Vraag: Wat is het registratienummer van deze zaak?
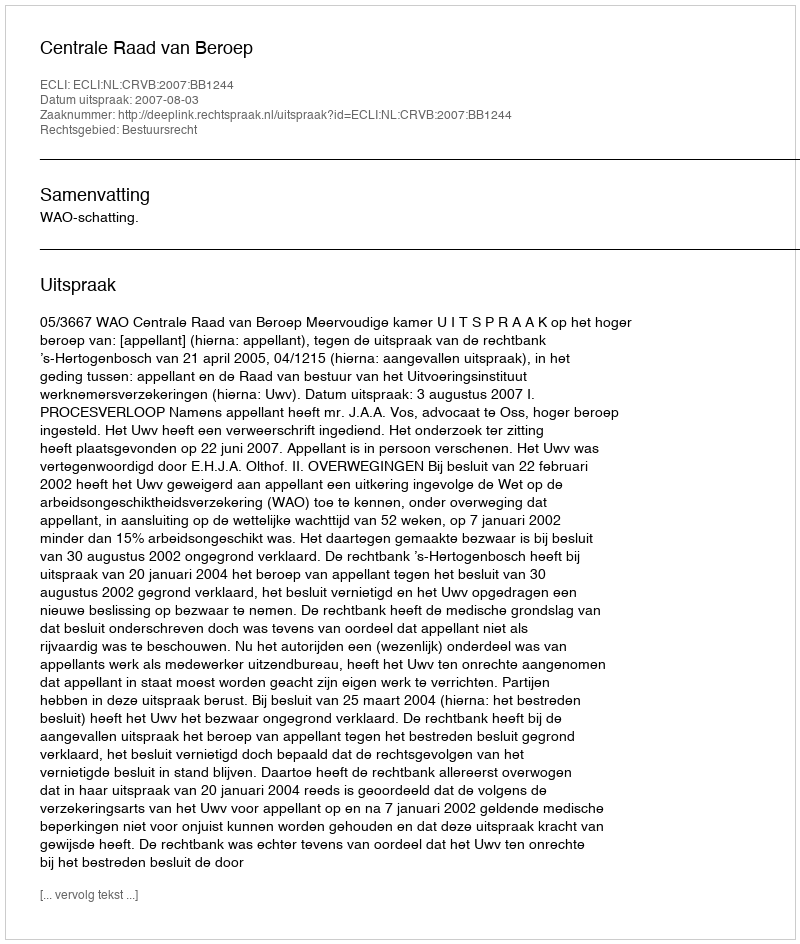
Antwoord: http://deeplink.rechtspraak.nl/uitspraak?id=ECLI:NL:CRVB:2007:BB1244